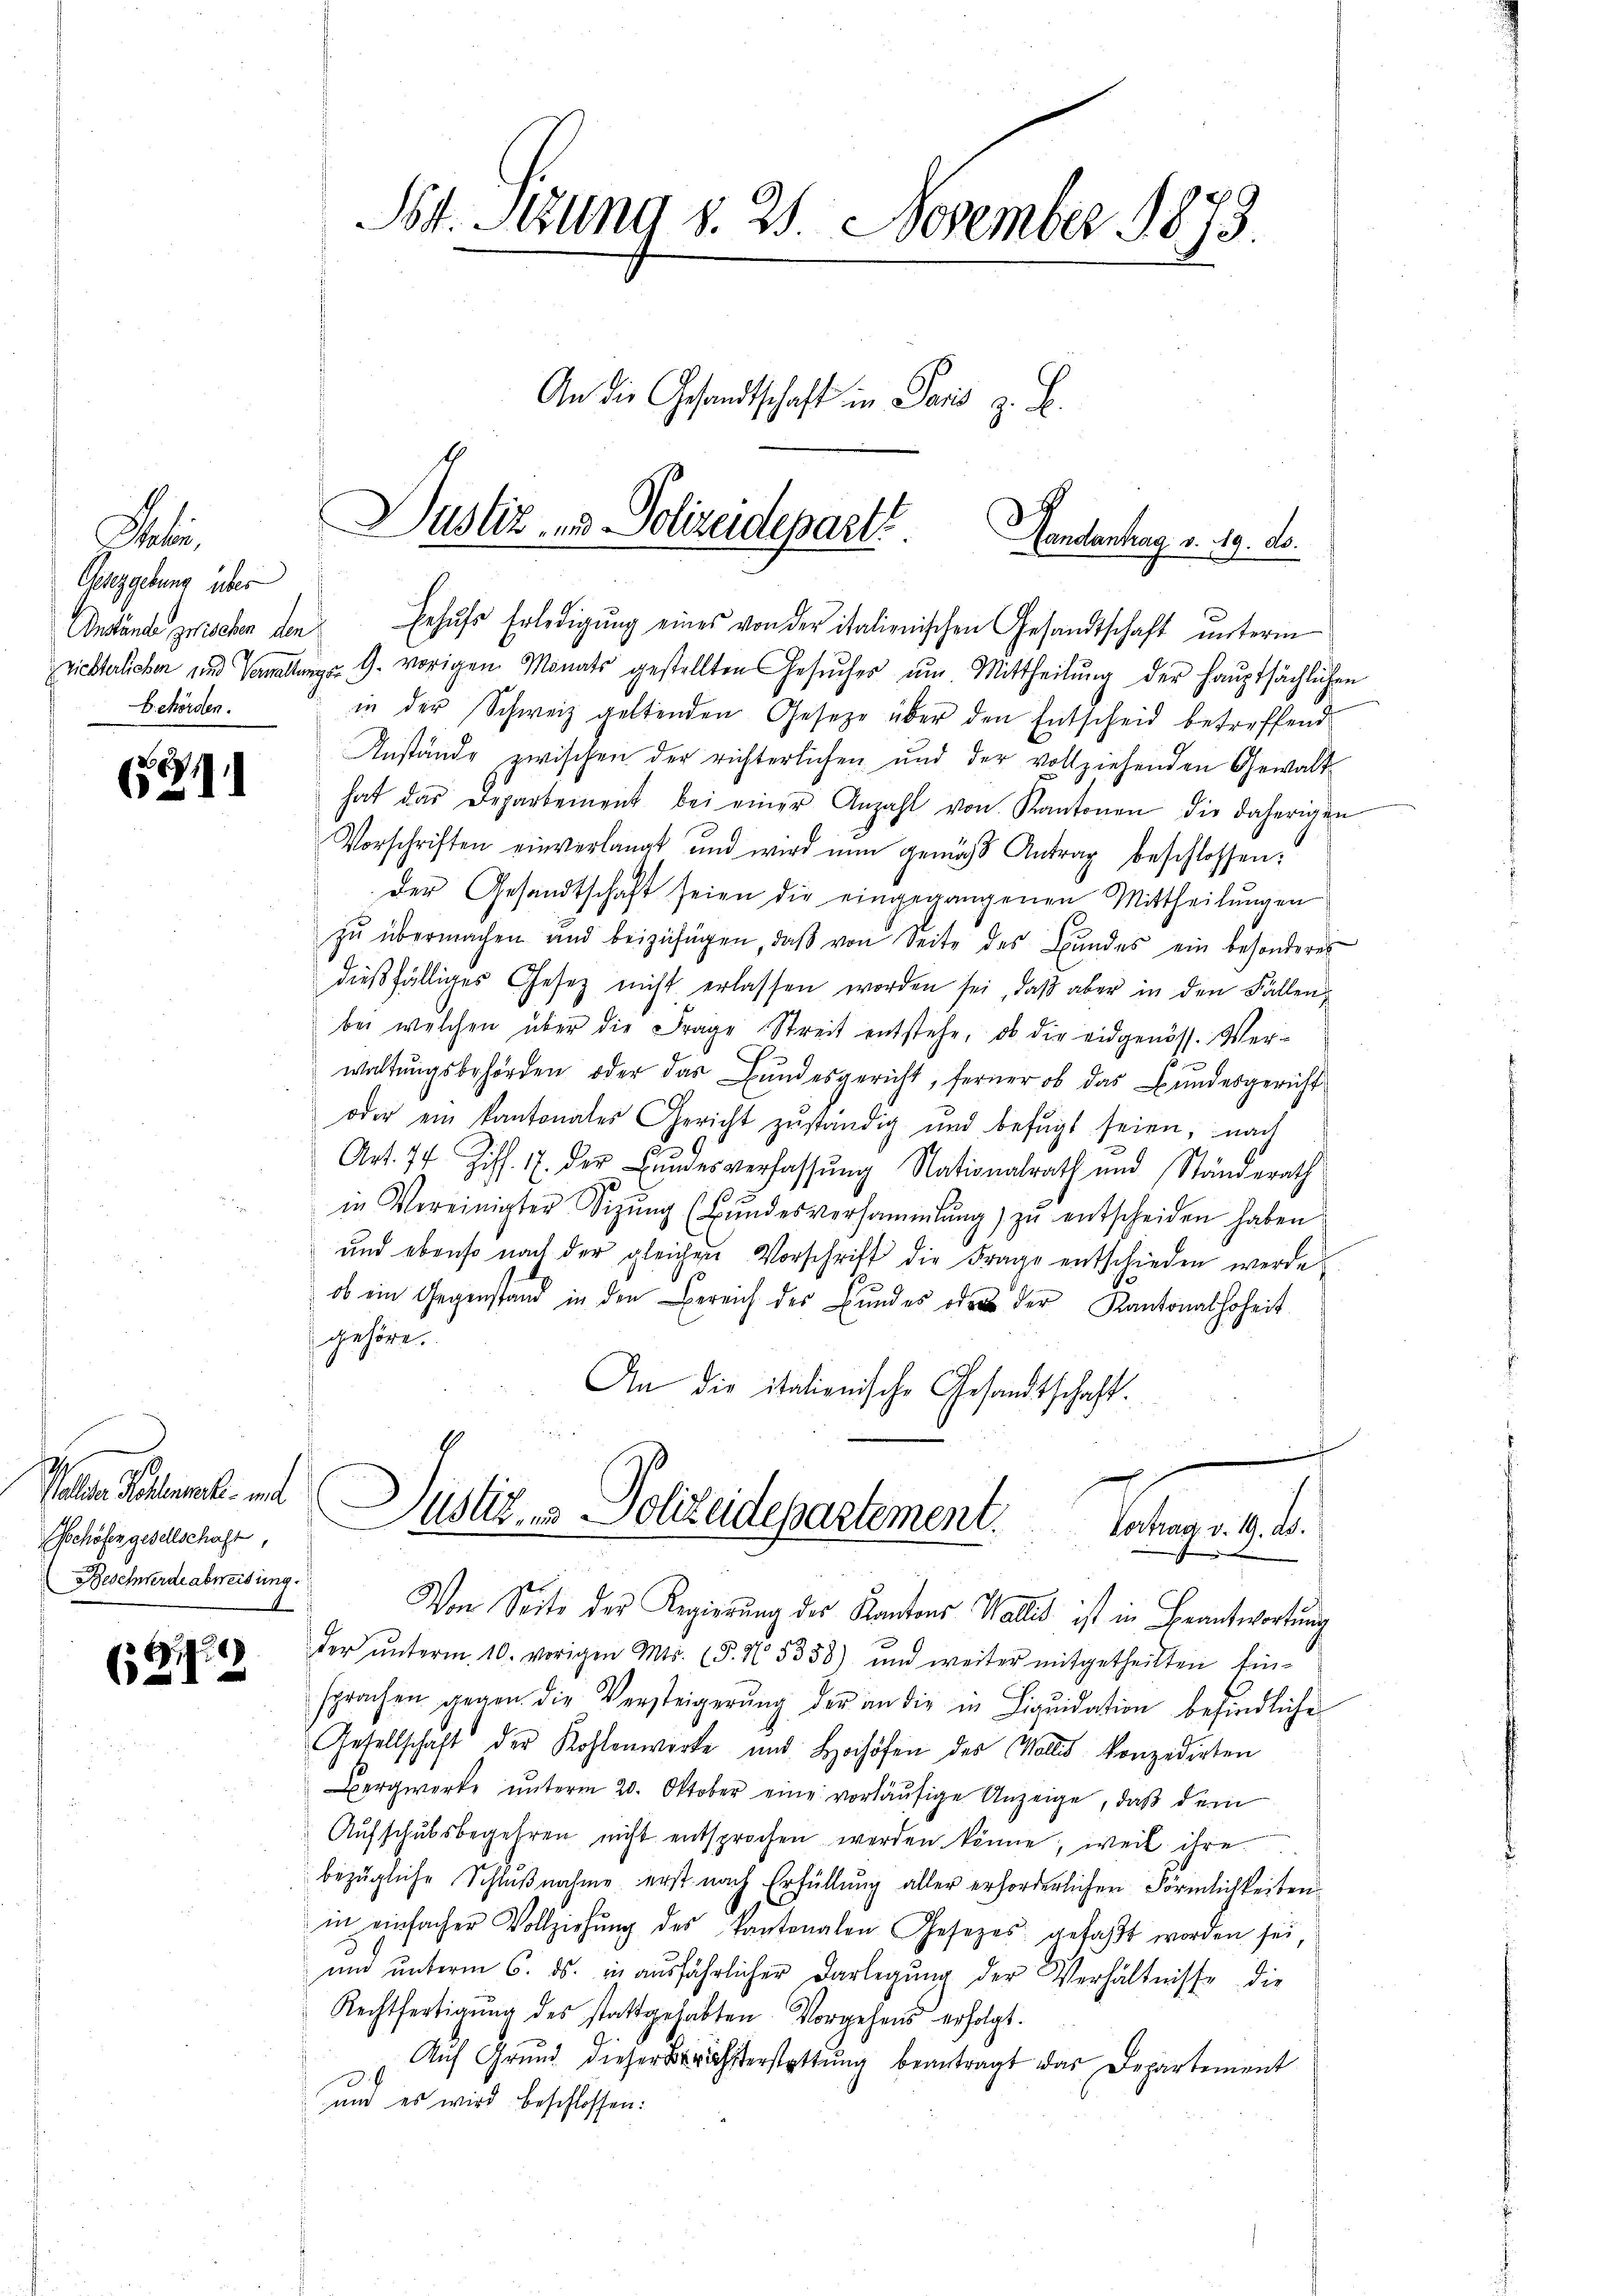
Fabri
Gesetzgebung über
Behörden.

e
¬
a

Paren Beamte ent
Schöfen gesellschaft,
Beschwerde abweisung.
t

(27

St. Stzung d. 21. November 1873.
An die Gesandtschaft in Paris z. B.

Dustiz- und Polizeidepart.
Handenhag v. 19. d.

Anstände zwischen den Erhŭhr Erledigŭng eines von der italienischen Gesandtschaft ŭnterm
zrichterlichen und Verwaltungs G. vorigen Monats gestellten Gesŭches um Mittheilung der Hauptsächlichen
in der Schweiz geltenden Gesetze über den Entscheid betreffend
Anstände zwischen der richterlichen und der vollziehenden Gewalt
hat das Departement bei einer Anzahl von Kantonen die daherigen
Vorschriften einverlangt und wird nun gemäβ Antrag beschlossen:
Der Gesandtschaft seien die eingegangenen Mittheilŭngen
zŭ übermachen und beizufügen, daβ von Seite des Bŭndes ein besonderes
dießfälliges Gesetz nicht erlassen worden sei, daβ aber in den Fällen,
bei welchen über die Frage Streit entstehe, ob die eidgenöss. Verwaltungsbehörden oder das Bundesgericht, ferner ob das Bundesgericht
oder ein kantonales Gericht zŭständig und befügt seien, nach
Art. 74 Ziff. 17. der Bŭndesverfassŭng Nationalrath und Ständerath
in Vereinigter Sitzŭng (Bŭndesversammlung zŭ entscheiden haben
und ebenso nach der gleichen Vorschrift die Frage entschieden werde.
ob ein Gegenstand in den Bereich des Bundes oder der Kantonalhoheit
gehöre.
An die italienische Gesandtschaft.

Justiz- & Polizeidepartement.
Vortrag v. 19. ds.

Von Seite des Regierung des Kantons Wallis ist in Beantwortung
der ŭnterm 10. vorigen Mts. (§. N 5358) und weiter mitgetheilten Ein-
sprachen gegen die Versteigerŭng der an die in Liqŭidation befindliche
Gesellschaft der Kohlenwerte und Hochöfen der Mollis konzedirten
Bergwerke ŭnterm 20. Oktober eine vorläŭfige Anzeige, daß dem
Aufschubsbegehren nicht entsprochen werden könne, weil ihre
bezügliche Schlußnahme erst nach Erfüllung aller erforderlichen Förmlichkeiten
in einfacher Vollziehŭng des kantonalen Gesezes gefaßt worden sei,
und unterm 6. ds. in ausführlicher Darlegung der Verhältnisse die
Rechtfertigŭng des stattgehabten Vorgehens erfolgt.
Auf Grŭnd dieser Berichsterstattŭng beantragt das Departement
und es wird beschlossen: